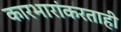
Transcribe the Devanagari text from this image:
कारभारांकरताही